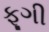
ફૂગી